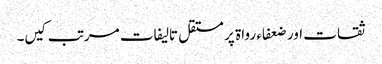
ثقات اور ضعفاء رواۃ پر مستقل تالیفات مرتب کیں­۔